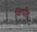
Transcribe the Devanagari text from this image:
विापीठ